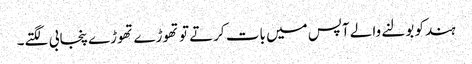
ہندکو بولنے والے آپس میں بات کرتے تو تھوڑے تھوڑے پنجابی لگتے۔